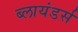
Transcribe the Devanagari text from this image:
ब्लायंडर्स